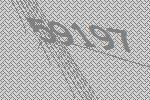
59197